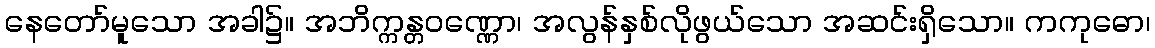
နေတော်မူသော အခါ၌။ အဘိက္ကန္တဝဏ္ဏော၊ အလွန်နှစ်လိုဖွယ်သော အဆင်းရှိသော။ ကကုဓော၊